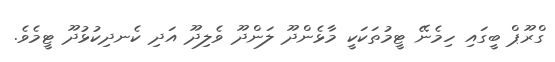
ގްރޫޕް ބީގައި ހިމެނޭ ޓީމުތަކަކީ މާޅެންދޫ ލަންދޫ ވެލިދޫ އަދި ކެނދިކުޅުދޫ ޓީމެވެ.